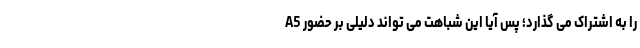
را به اشتراک می گذارد؛ پس آیا این شباهت می تواند دلیلی بر حضور A5